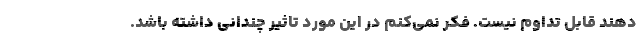
دهند قابل تداوم نیست. فکر نمی‌کنم در این مورد تاثیر چندانی داشته باشد.